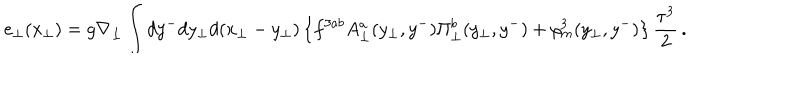
LaTeX: e _ { \bot } ( x _ { \bot } ) = g \nabla _ { \bot } \int d y ^ { - } d y _ { \bot } d ( x _ { \bot } - y _ { \bot } ) \left\{ f ^ { 3 a b } A _ { \bot } ^ { a } ( y _ { \bot } , y ^ { - } ) \Pi _ { \bot } ^ { b } ( y _ { \bot } , y ^ { - } ) + \rho _ { m } ^ { 3 } ( y _ { \bot } , y ^ { - } ) \right\} \frac { \tau ^ { 3 } } { 2 } \, .